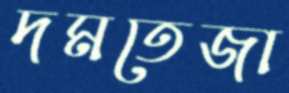
দমতেজা